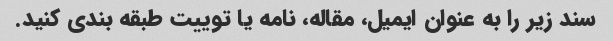
سند زیر را به عنوان ایمیل، مقاله، نامه یا توییت طبقه بندی کنید.